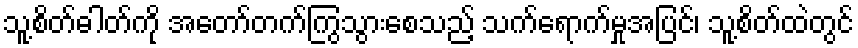
သူ့စိတ်ဓါတ်ကို အတော်တက်ကြွသွားစေသည့် သက်ရောက်မှုအပြင်၊ သူ့စိတ်ထဲတွင်